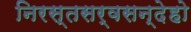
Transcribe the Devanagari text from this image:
निरस्तसर्वसन्देहो